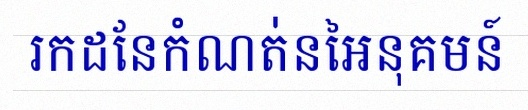
រកដែនកំណត់នៃអនុគមន៍